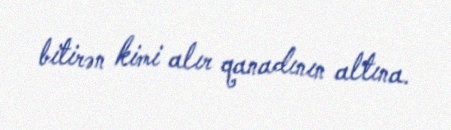
bitirən kimi alır qanadının altına.